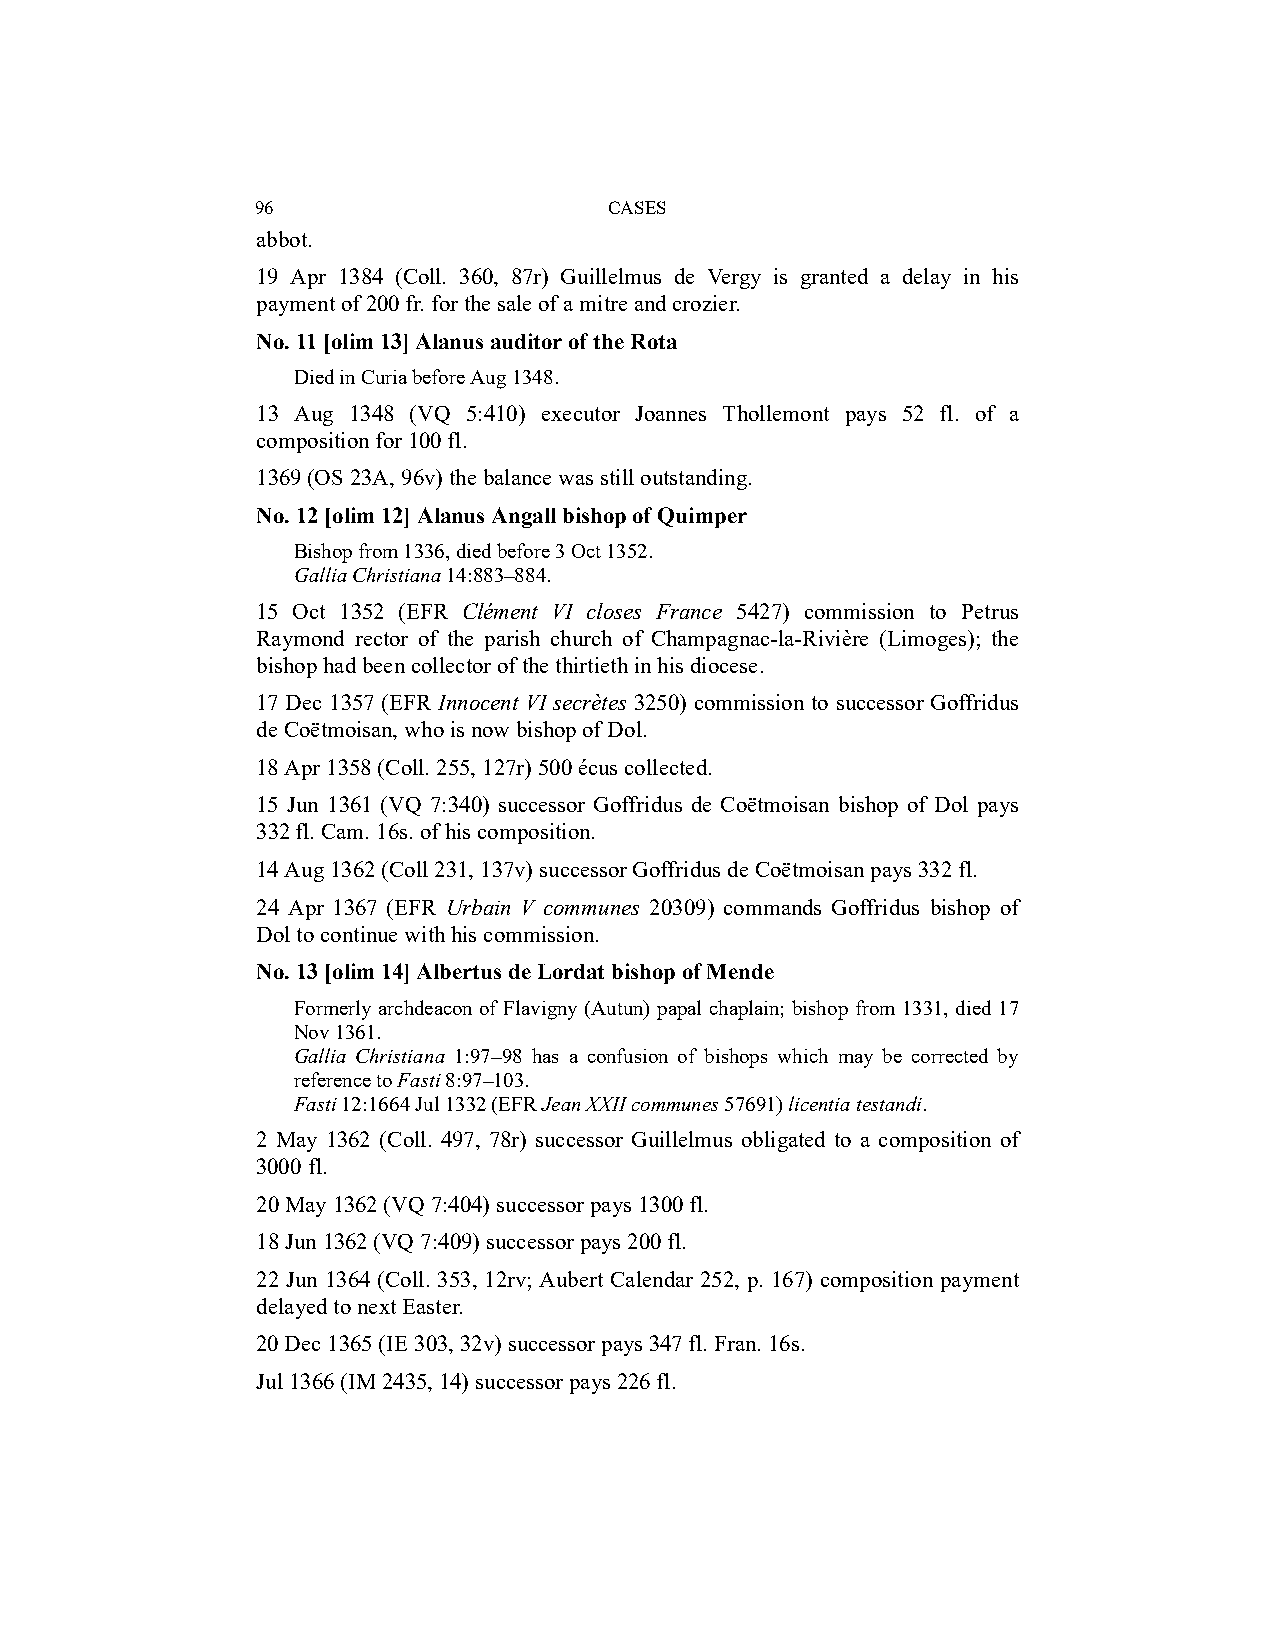
96                     CASES
 abbot.
 19 Apr 1384 (Coll. 360, 87r) Guillelmus de Vergy is granted a delay in his
 payment of 200 fr. for the sale of a mitre and crozier.
 No. 11 [olim 13] Alanus auditor of the Rota
 Died in Curia before Aug 1348.
 13 Aug 1348 (VQ 5:410) executor Joannes Thollemont pays 52 fl. of a
 composition for 100 fl.
 1369 (OS 23A, 96v) the balance was still outstanding.
 No. 12 [olim 12] Alanus Angall bishop of Quimper
 Bishop from 1336, died before 3 Oct 1352.
 Gallia Christiana 14:883–884.
 15 Oct 1352 (EFR Clément VI closes France 5427) commission to Petrus
 Raymond rector of the parish church of Champagnac-la-Rivière (Limoges); the
 bishop had been collector of the thirtieth in his diocese.
 17 Dec 1357 (EFR Innocent VI secrètes 3250) commission to successor Goffridus
 de Coëtmoisan, who is now bishop of Dol.
 18 Apr 1358 (Coll. 255, 127r) 500 écus collected.
 15 Jun 1361 (VQ 7:340) successor Goffridus de Coëtmoisan bishop of Dol pays
 332 fl. Cam. 16s. of his composition.
 14 Aug 1362 (Coll 231, 137v) successor Goffridus de Coëtmoisan pays 332 fl.
 24 Apr 1367 (EFR Urbain V communes 20309) commands Goffridus bishop of
 Dol to continue with his commission.
 No. 13 [olim 14] Albertus de Lordat bishop of Mende
 Formerly archdeacon of Flavigny (Autun) papal chaplain; bishop from 1331, died 17
 Nov 1361.
 Gallia Christiana 1:97–98 has a confusion of bishops which may be corrected by
 reference to Fasti 8:97–103.
 Fasti 12:1664 Jul 1332 (EFR Jean XXII communes 57691) licentia testandi.
 2 May 1362 (Coll. 497, 78r) successor Guillelmus obligated to a composition of
 3000 fl.
 20 May 1362 (VQ 7:404) successor pays 1300 fl.
 18 Jun 1362 (VQ 7:409) successor pays 200 fl.
 22 Jun 1364 (Coll. 353, 12rv; Aubert Calendar 252, p. 167) composition payment
 delayed to next Easter.
 20 Dec 1365 (IE 303, 32v) successor pays 347 fl. Fran. 16s.
 Jul 1366 (IM 2435, 14) successor pays 226 fl.